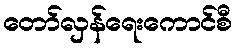
တော်လှန်ရေးကောင်စီ